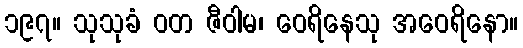
၁၉၇။ သုသုခံ ဝတ ဇီဝါမ၊ ဝေရိနေသု အဝေရိနော။